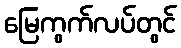
မြေကွက်လပ်တွင်